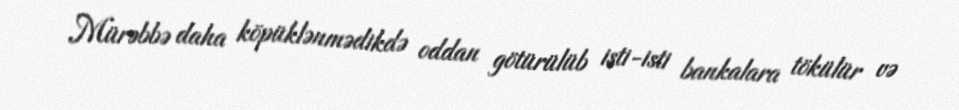
Mürəbbə daha köpüklənmədikdə oddan götürülüb isti-isti bankalara tökülür və